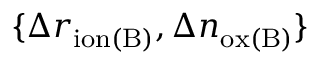
\{ \Delta r _ { \mathrm { i o n ( B ) } } , \Delta n _ { \mathrm { o x ( B ) } } \}